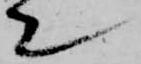
て